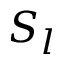
S _ { l }